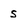
Character: s